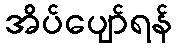
အိပ်ပျော်ရန်